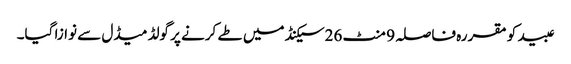
عبید کو مقررہ فاصلہ 9 منٹ 26سیکنڈ میں طے کرنے پر گولڈ میڈل سے نوازا گیا۔